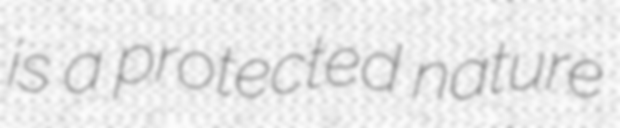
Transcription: is a protected nature